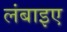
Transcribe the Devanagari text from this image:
लंबाइए